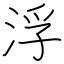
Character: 浮